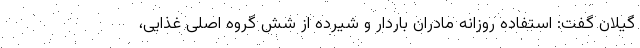
گیلان گفت: استفاده روزانه مادران باردار و شیرده از شش گروه اصلی غذایی،